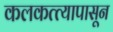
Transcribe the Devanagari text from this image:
कलकत्त्यापासून